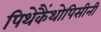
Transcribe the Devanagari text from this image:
पिथेकैंथोपिसीनी